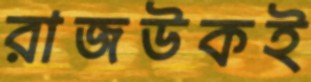
রাজউকই